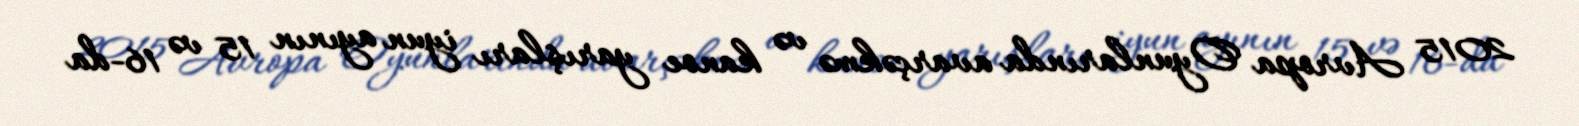
2015 Avropa Oyunlarında avarçəkmə və kanoe yarışları iyun ayının 15 və 16-da